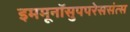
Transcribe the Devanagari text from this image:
इममूनॉसुपपरेससंत्स